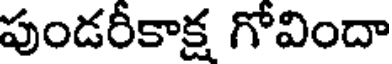
పుండరీకాక్ష గోవిందా